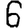
Digit: 6